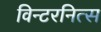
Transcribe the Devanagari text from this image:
विन्टरनित्स